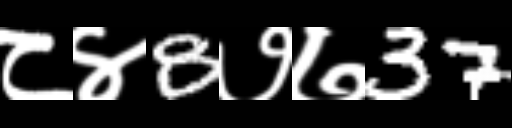
Text: ८४8७७37